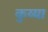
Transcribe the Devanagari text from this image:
कुय्या